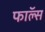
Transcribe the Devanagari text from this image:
फाॅल्स